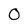
Character: 0